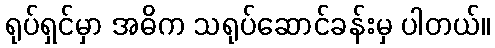
ရုပ်ရှင်မှာ အဓိက သရုပ်ဆောင်ခန်းမှ ပါတယ်။